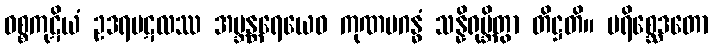
ဝစ္စကုဋိယံ ဥဒရပဋလဿ အဗ္ဘန္တရေယေဝ ကုဏပဂန္ဓံ သန္နိရုမ္ဘိတွာ တိဋ္ဌတိ။ ပရိစ္ဆေဒတော